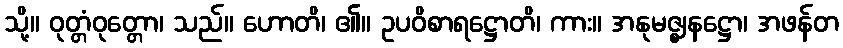
သို့။ ဝုတ္တံဝုတ္တော၊ သည်။ ဟောတိ၊ ၏။ ဥပဝိစာရဋ္ဌောတိ၊ ကား။ အနုမဇ္ဈနဋ္ဌော၊ အဖန်တ